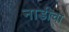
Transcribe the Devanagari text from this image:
नाडीचा